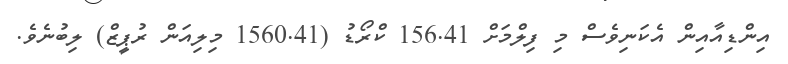
އިންޑިއާއިން އެކަނިވެސް މި ފިލްމަށް 156.41 ކްރޯޑު (1560.41 މިލިއަން ރުޕީޒް) ލިބުނެވެ.